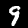
Digit: 9